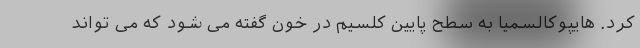
کرد. هایپوکالسمیا به سطح پایین کلسیم در خون گفته می شود که می تواند